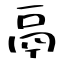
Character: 鬲